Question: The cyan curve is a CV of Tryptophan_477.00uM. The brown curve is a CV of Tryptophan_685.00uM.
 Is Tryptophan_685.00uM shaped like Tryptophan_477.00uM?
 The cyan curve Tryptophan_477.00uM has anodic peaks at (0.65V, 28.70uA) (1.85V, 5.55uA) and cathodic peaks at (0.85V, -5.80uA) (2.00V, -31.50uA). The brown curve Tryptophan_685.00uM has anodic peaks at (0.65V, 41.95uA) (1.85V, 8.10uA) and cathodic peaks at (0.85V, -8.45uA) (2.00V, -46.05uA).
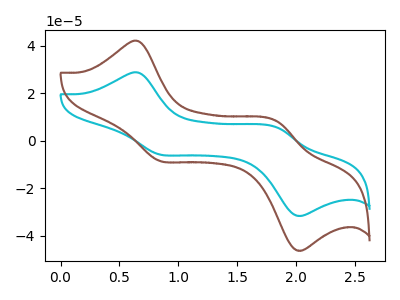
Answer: <think>All the peaks in "Tryptophan_685.00uM" have a peak in "Tryptophan_477.00uM" at the same potential. Every peak in "Tryptophan_685.00uM" is higher than every peak in "Tryptophan_477.00uM".
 </think>
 <answer>"Tryptophan_685.00uM" and "Tryptophan_477.00uM" are similar in shape.</answer>
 <eval>same_shape</eval>